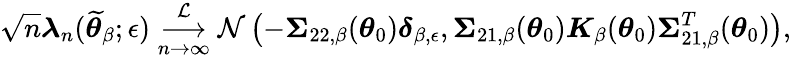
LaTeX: \sqrt{n}\boldsymbol{\lambda}_{n}(\widetilde{\boldsymbol{\theta}}_{\beta};\epsilon)\underset{n\rightarrow\infty}{\overset{\mathcal{L}}{\longrightarrow}}\mathcal{N}\left(-\boldsymbol{\Sigma}_{22,\beta}(\boldsymbol{\theta}_{0})\boldsymbol{\delta}_{\beta,\epsilon},\boldsymbol{\Sigma}_{21,\beta}(\boldsymbol{\theta}_{0})\boldsymbol{K}_{\beta}(\boldsymbol{\theta}_{0})\boldsymbol{\Sigma}_{21,\beta}^{T}(\boldsymbol{\theta}_{0})\right),